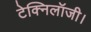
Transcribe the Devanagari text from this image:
टेक्निलॉजी।